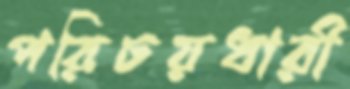
পরিচয়ধারী